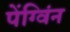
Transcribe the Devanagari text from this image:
पेंग्विंन